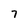
Character: 7